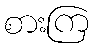
စားကြ